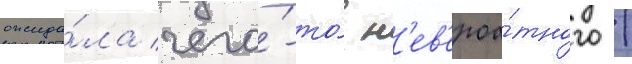
ожида́ла чего́-то́ н'ев'ероа́тного /